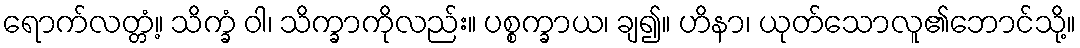
ရောက်လတ္တံ့။ သိက္ခံ ဝါ၊ သိက္ခာကိုလည်း။ ပစ္စက္ခာယ၊ ချ၍။ ဟိနာ၊ ယုတ်သောလူ၏ဘောင်သို့။